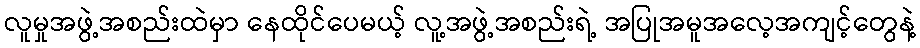
လူမှုအဖွဲ့အစည်းထဲမှာ နေထိုင်ပေမယ့် လူ့အဖွဲ့အစည်းရဲ့ အပြုအမူအလေ့အကျင့်တွေနဲ့